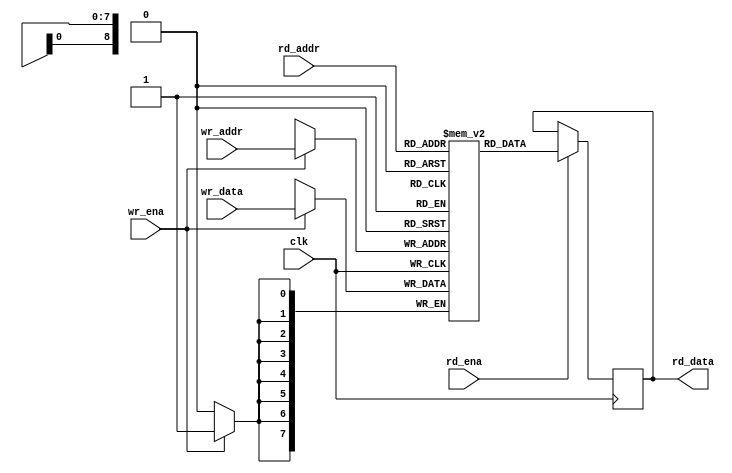
/*
 * ram_sdp.v
 *
 * vim: ts=4 sw=4
 *
 * Copyright (C) 2019  Sylvain Munaut <tnt@246tNt.com>
 * All rights reserved.
 *
 * BSD 3-clause, see LICENSE.bsd
 *
 * Redistribution and use in source and binary forms, with or without
 * modification, are permitted provided that the following conditions are met:
 *     * Redistributions of source code must retain the above copyright
 *       notice, this list of conditions and the following disclaimer.
 *     * Redistributions in binary form must reproduce the above copyright
 *       notice, this list of conditions and the following disclaimer in the
 *       documentation and/or other materials provided with the distribution.
 *     * Neither the name of the <organization> nor the
 *       names of its contributors may be used to endorse or promote products
 *       derived from this software without specific prior written permission.
 *
 * THIS SOFTWARE IS PROVIDED BY THE COPYRIGHT HOLDERS AND CONTRIBUTORS "AS IS" AND
 * ANY EXPRESS OR IMPLIED WARRANTIES, INCLUDING, BUT NOT LIMITED TO, THE IMPLIED
 * WARRANTIES OF MERCHANTABILITY AND FITNESS FOR A PARTICULAR PURPOSE ARE
 * DISCLAIMED. IN NO EVENT SHALL <COPYRIGHT HOLDER> BE LIABLE FOR ANY
 * DIRECT, INDIRECT, INCIDENTAL, SPECIAL, EXEMPLARY, OR CONSEQUENTIAL DAMAGES
 * (INCLUDING, BUT NOT LIMITED TO, PROCUREMENT OF SUBSTITUTE GOODS OR SERVICES;
 * LOSS OF USE, DATA, OR PROFITS; OR BUSINESS INTERRUPTION) HOWEVER CAUSED AND
 * ON ANY THEORY OF LIABILITY, WHETHER IN CONTRACT, STRICT LIABILITY, OR TORT
 * (INCLUDING NEGLIGENCE OR OTHERWISE) ARISING IN ANY WAY OUT OF THE USE OF THIS
 * SOFTWARE, EVEN IF ADVISED OF THE POSSIBILITY OF SUCH DAMAGE.
 */

`default_nettype none
`timescale 1ns / 100ps

module ram_sdp #(
	parameter integer AWIDTH = 9,
	parameter integer DWIDTH = 8
)(
	input  wire [AWIDTH-1:0] wr_addr,
	input  wire [DWIDTH-1:0] wr_data,
	input  wire wr_ena,

	input  wire [AWIDTH-1:0] rd_addr,
	output reg  [DWIDTH-1:0] rd_data,
	input  wire rd_ena,

	input  wire clk
);
	// Signals
	reg [DWIDTH-1:0] ram [(1<<AWIDTH)-1:0];

`ifdef SIM
	integer i;
	initial
		for (i=0; i<(1<<AWIDTH); i=i+1)
			ram[i] = 0;
`endif

	always @(posedge clk)
	begin
		// Read
		if (rd_ena)
			rd_data <= ram[rd_addr];

		// Write
		if (wr_ena)
			ram[wr_addr] <= wr_data;
	end

endmodule // ram_sdp